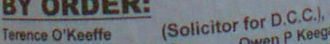
Terence O'Keeffe (Solicitor for D.C.C.),